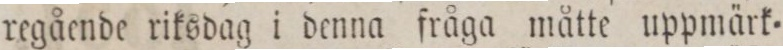
regående riksdag i denna fråga måtte uppmärk=